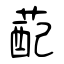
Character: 蓜